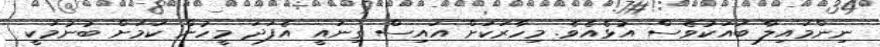
ނިންމައިލާ ބައަކުވެސް އުޅެއެވެ. މިހާރަކަށް އައިސް ގިނައީ އެފަދަ މީހުން ކަމަށް ބުނުމަކީ